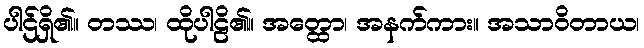
ပါဌ်ရှိ၏။ တဿ၊ ထိုပါဠိ၏။ အတ္ထော၊ အနက်ကား။ အသာဝိတာယ၊